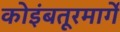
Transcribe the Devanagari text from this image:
कोइंबतूरमार्गे